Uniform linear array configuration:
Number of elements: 32
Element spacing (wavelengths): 1
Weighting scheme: binomial
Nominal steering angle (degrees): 15
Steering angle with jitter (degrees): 13.695
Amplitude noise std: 0.05
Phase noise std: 0.05

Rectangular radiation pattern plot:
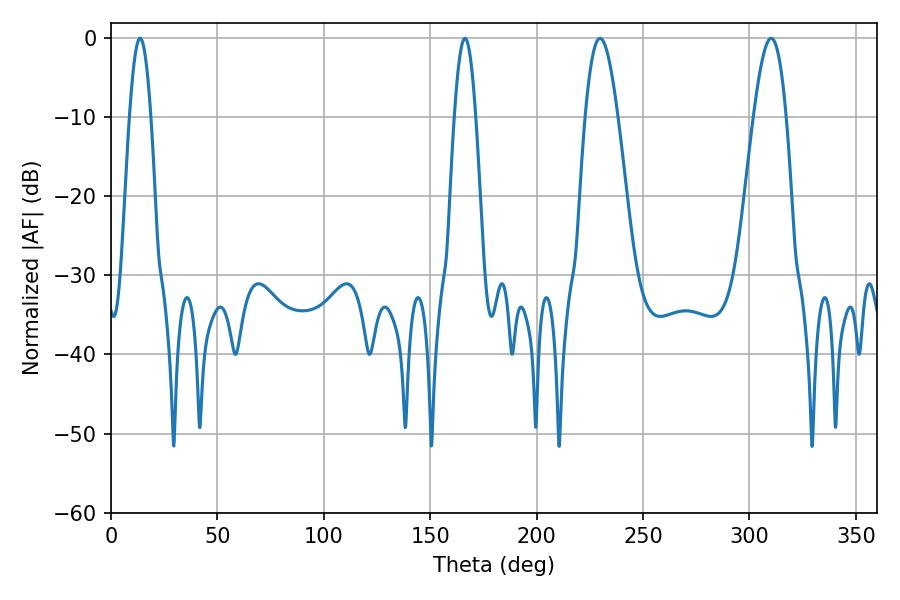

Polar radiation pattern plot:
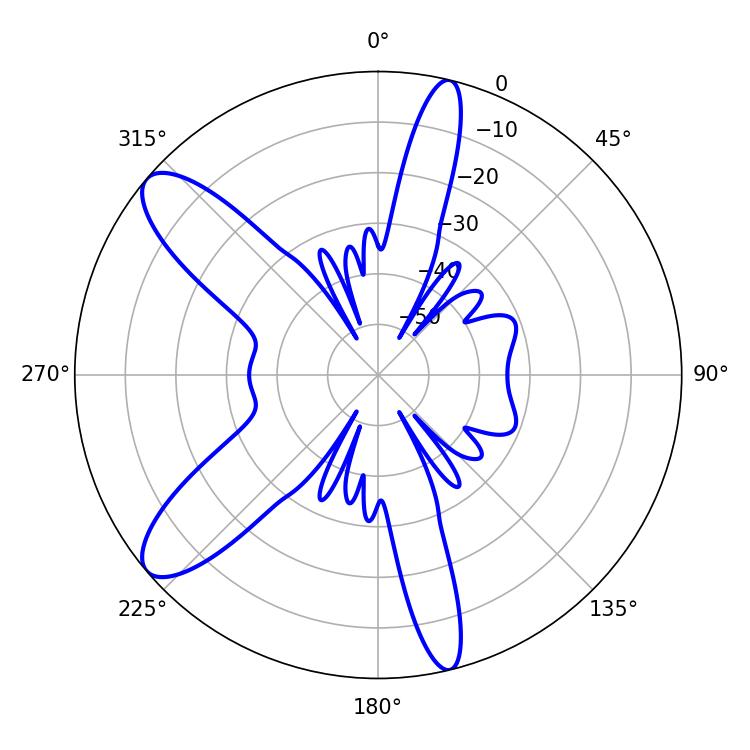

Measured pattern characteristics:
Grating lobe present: TRUE
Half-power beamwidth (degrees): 5.4
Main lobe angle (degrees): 13.68